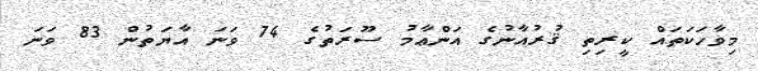
މިވާހަކަތައް ކީރިތި ޤުރުއާނުގެ އަންޢާމު ސޫރަތުގެ 74 ވަނަ އާޔަތުން 83 ވަނަ